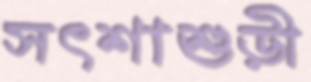
সৎশাশুড়ী